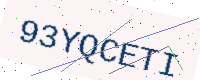
Text: 93YQCETI